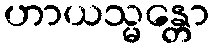
ဟာယသ္မန္တော